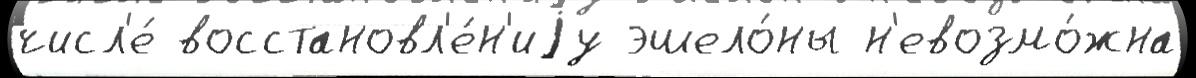
числ'е́ восстановл'е́н'иjу эшело́ны н'евозмо́жна